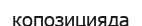
копозицияда